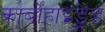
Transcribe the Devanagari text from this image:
कार्बोहाइड्रेड